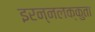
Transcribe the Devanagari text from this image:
इरन्नलक्कुता